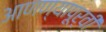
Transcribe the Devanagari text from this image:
आणण्यापूर्वी